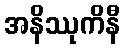
အနိဿုကိနီ